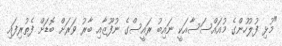
"މުޅި ފުލުހުންގެ މުއައްސަސާއަކީ ނައިބު ރައީސްގެ ނުފޫޒާއި ބާރު ވަރަށް ބޮޑަށް ފެތުރިފައި